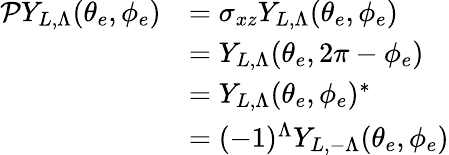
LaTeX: \begin{array}{rl}{\mathcal{P}Y_{L,\Lambda}(\theta_{e},\phi_{e})}&{=\sigma_{xz}Y_{L,\Lambda}(\theta_{e},\phi_{e})}\\ &{=Y_{L,\Lambda}(\theta_{e},2\pi-\phi_{e})}\\ &{=Y_{L,\Lambda}(\theta_{e},\phi_{e})^{*}}\\ &{=(-1)^{\Lambda}Y_{L,-\Lambda}(\theta_{e},\phi_{e})}\end{array}